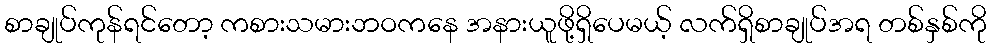
စာချုပ်ကုန်ရင်တော့ ကစားသမားဘဝကနေ အနားယူဖို့ရှိပေမယ့် လက်ရှိစာချုပ်အရ တစ်နှစ်ကို